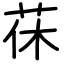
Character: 茠